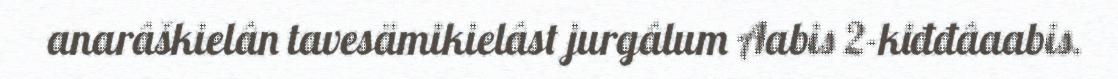
anarâškielân tavesämikielâst jurgâlum Aabis 2-kiđđâaabis.